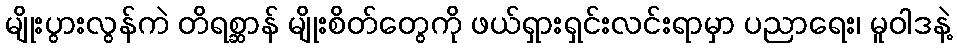
မျိုးပွားလွန်ကဲ တိရစ္ဆာန် မျိုးစိတ်တွေကို ဖယ်ရှားရှင်းလင်းရာမှာ ပညာရေး၊ မူဝါဒနဲ့